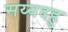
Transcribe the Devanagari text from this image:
सय्यदहु